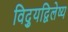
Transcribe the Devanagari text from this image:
विद्युद्विलेष्य